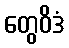
တွေဝိဒံ